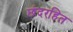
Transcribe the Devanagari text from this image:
छंदरहित